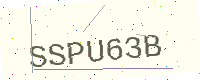
Text: SSPU63B